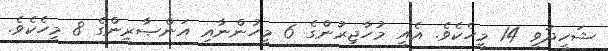
ޝަހީދުވީ 14 މީހެކެވެ. އެއީ މުހާޖިރުންގެ 6 މީހުންނާއި އަންޞާރީންގެ 8 މީހެކެވެ.